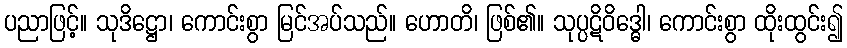
ပညာဖြင့်။ သုဒိဋ္ဌော၊ ကောင်းစွာ မြင်အပ်သည်။ ဟောတိ၊ ဖြစ်၏။ သုပ္ပဋိဝိဒ္ဓေါ၊ ကောင်းစွာ ထိုးထွင်း၍